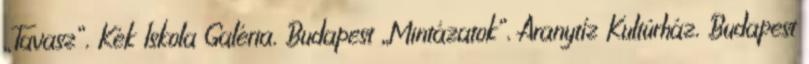
„Tavasz”, Kék Iskola Galéria, Budapest „Mintázatok”, Aranytíz Kultúrház, Budapest